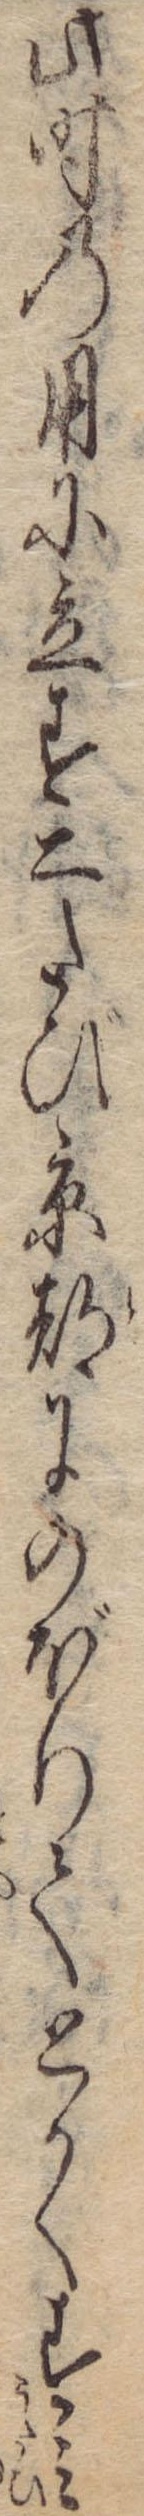
此時の用に立す二たび京都にのぼりてとかくすみ